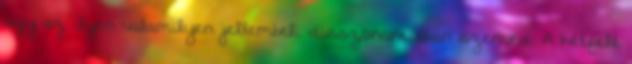
úgy az ilyen valamilyen jellembeli disszonanciában szenved. A kétfelé